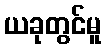
ယခုတွင်မူ